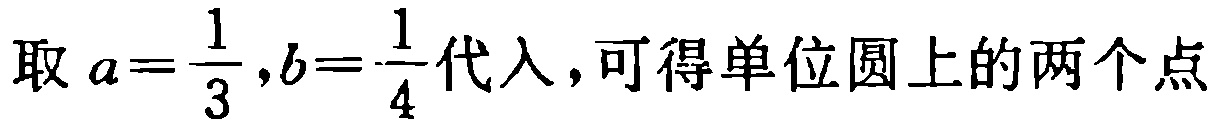
取 \(a = \frac{1}{3},b = \frac{1}{4}\) 代入，可得单位圆上的两个点